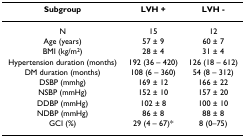
| Subgroup | LVH + | LVH - |
 | --- | --- | --- |
 | N | 15 | 12 |
 | Age (years) | 57 ± 9 | 60 ± 7 |
 | BMI (kg/m2) | 28 ± 4 | 31 ± 4 |
 | Hypertension duration (months) | 192 (36 – 420) | 126 (18 – 612) |
 | DM duration (months) | 108 (6 – 360) | 54 (8 – 312) |
 | DSBP (mmhg) | 169 ± 12 | 166 ± 22 |
 | NSBP (mmHg) | 152 ± 10 | 157 ± 20 |
 | DDBP (mmHg) | 102 ± 8 | 100 ± 10 |
 | NDBP (mmHg) | 86 ± 8 | 88 ± 8 |
 | GCI (%) | 29 (4 – 67)* | 8 (0–75) |